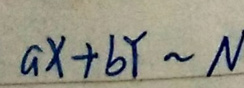
\[
aX + bY\sim N
\]